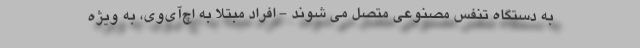
به دستگاه تنفس مصنوعی متصل می شوند - افراد مبتلا به اچ‌آی‌وی، به ویژه